Indian journal of veterinary science and animal husbandry - Volumes 15-17, 1948-1951
Year: 1948
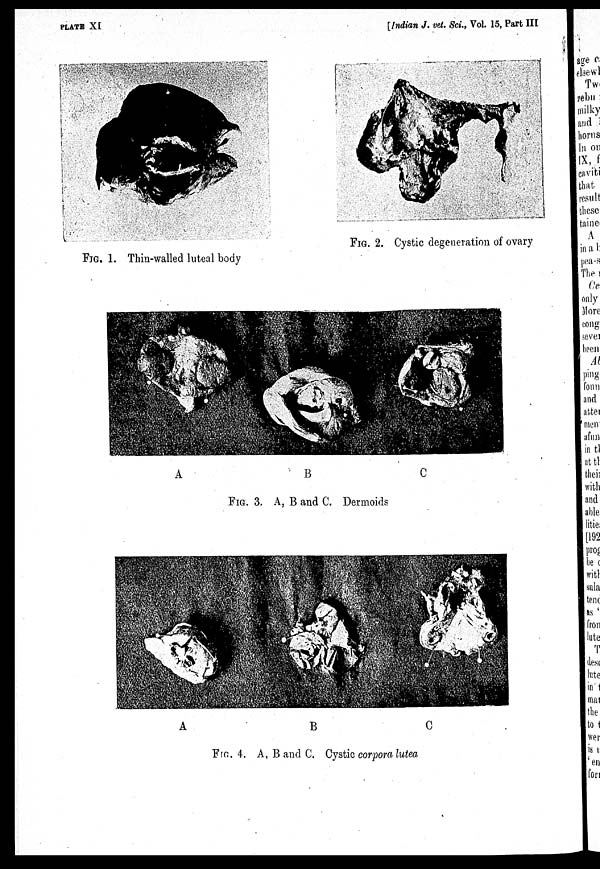
PLATE XI
[Indian J. vet. Sci., Vol. 15, Part III
FIG. 1. Thin-walled luteal body
FIG. 2. Cystic degeneration of ovary
FIG. 3. A, B and C. Dermoids
FIG. 4. A, B and C. Cystic corpora lutea